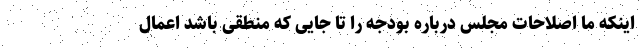
اینکه ما اصلاحات مجلس درباره بودجه را تا جایی که منطقی باشد اعمال